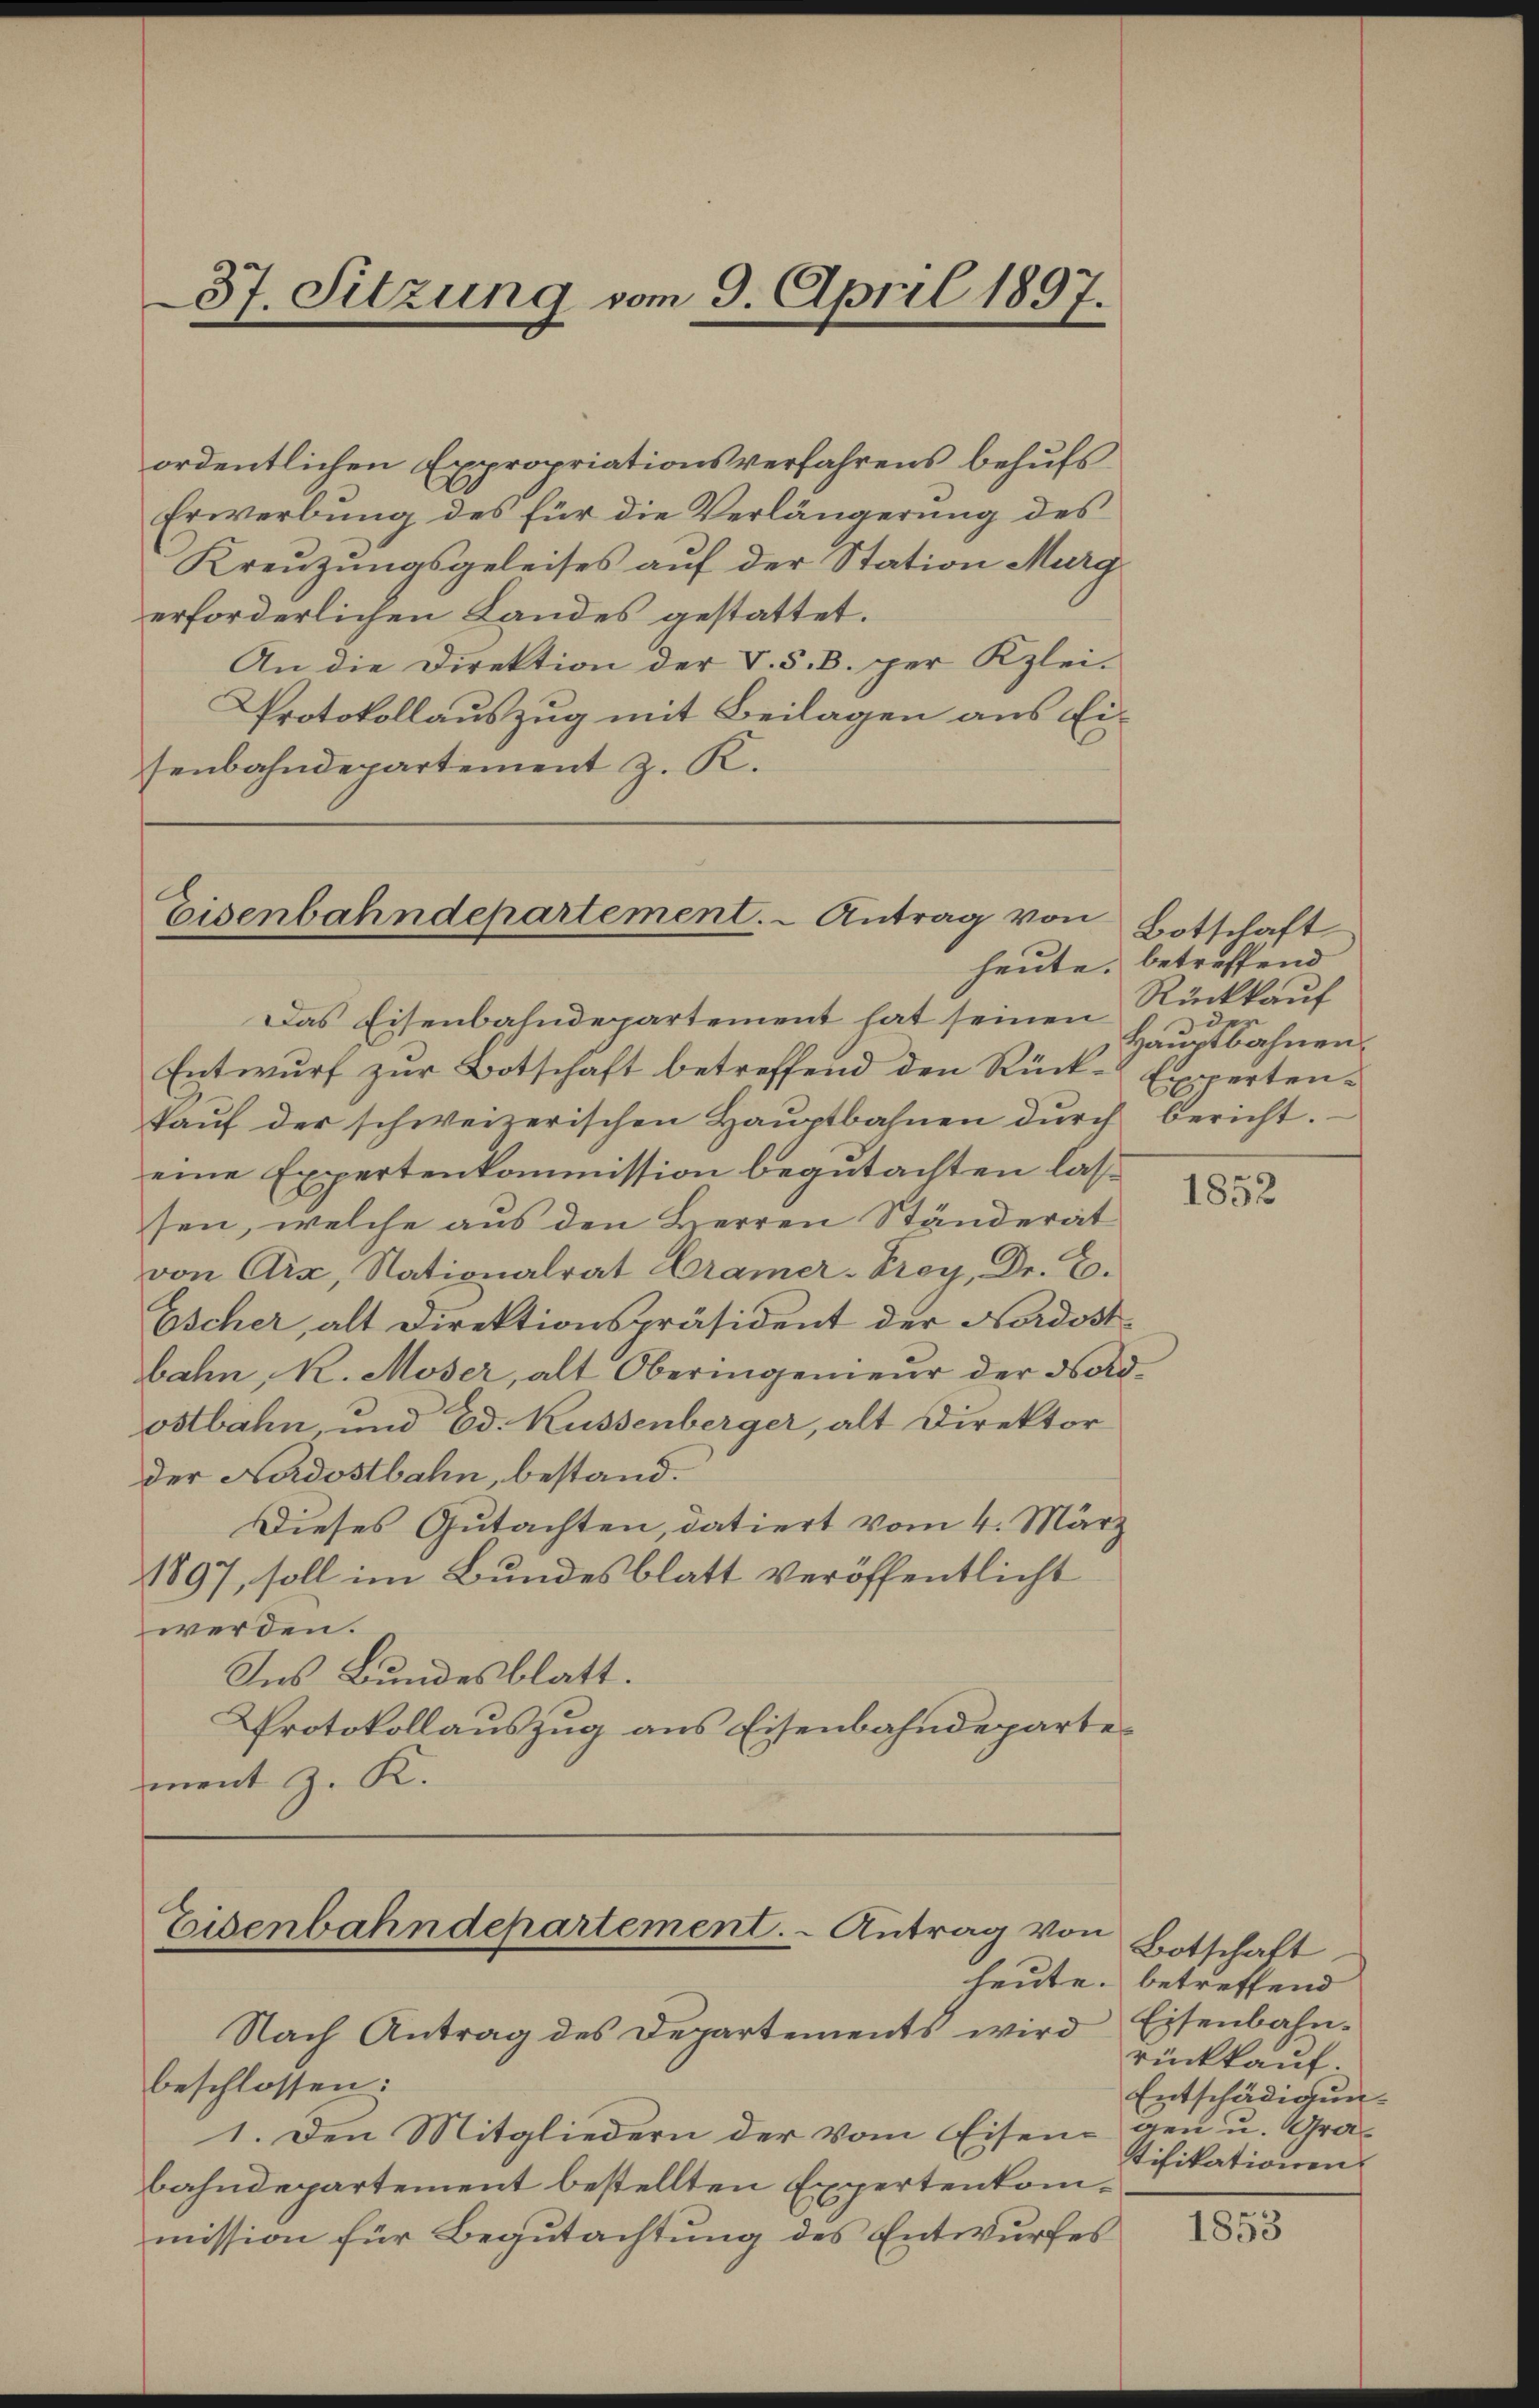
ordentlichen Expropriationsverfahrens behufs
Erwerbung des für die Verlängerung des
Kreuzungsgeleises auf der Station Murg
erforderlichen Landes gestattet.
An die Direktion der V. S. B. per Kleisenbahndepartement z. K.

37. Sitzung vom 9. April 1897.

Protokollauszug mit Beilagen aus Ei¬

Eisenbahndepartement. - Antrag von

Eisenbahndepartement. - Antrag von

Das Eisenbahndepartement hat seinen Rückkauf
Entwurf zur Botschaft betreffend den Rück-Expertenkaŭf der schweizerischen Hauptbahnen durch bericht.
eine Expertenkommission begutachten lass
sen, welche aus den Herren Ständerät
von Aix, Nationalrat Cramer-Proy, Dr. E.
Escher, alt Direktionspräsident der Nordost
bahn, K. Moser, alt Oberingenieur der Nordostbahn, und Ed. Kussenberger, alt Direktor
der Nordostbahn, bestand.
Dieses Gutachten, datiert vom 4. März
1897, soll im Bundesblatt veröffentlicht
werden.
Ins Bundesblatt.
Protokollauszug aus Eisenbahndepartement z. K.

Nach Antrag des Departements wird
beschlossen:
1. Den Mitgliedern der vom Eisen gen u. Grabahndepartement bestellten Expertenkommission für Begutachtung des Entwurfes

Botschaft
heute, betreffend
d
Hauptbahnen.

1852

Botschaft.
heute. betreffend
Eisenbahn.
rückkauf.
Entschädiguntifikationen

1853